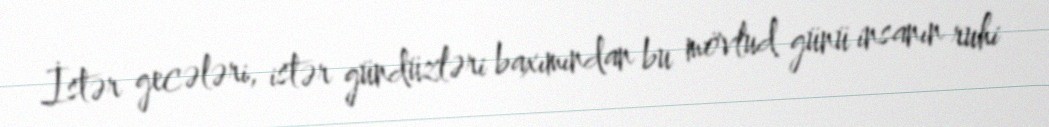
İstər gecələri, istər gündüzləri baxımından bu mövlud günü insanın ruhi